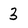
Character: 3